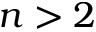
n > 2